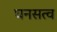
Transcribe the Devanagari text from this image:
घनसत्व